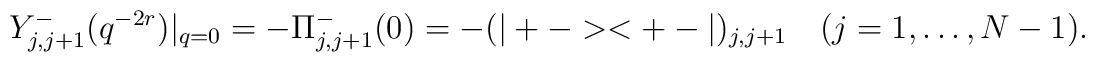
Y^-_{j,j+1}(q^{-2r})|_{q = 0} = -\Pi_{j,j+1}^-(0) = -(|+-><+-|)_{j,j+1} \quad(j=1,\dots,N-1).